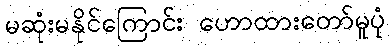
မဆုံးမနိုင်ကြောင်း ဟောထားတော်မူပုံ